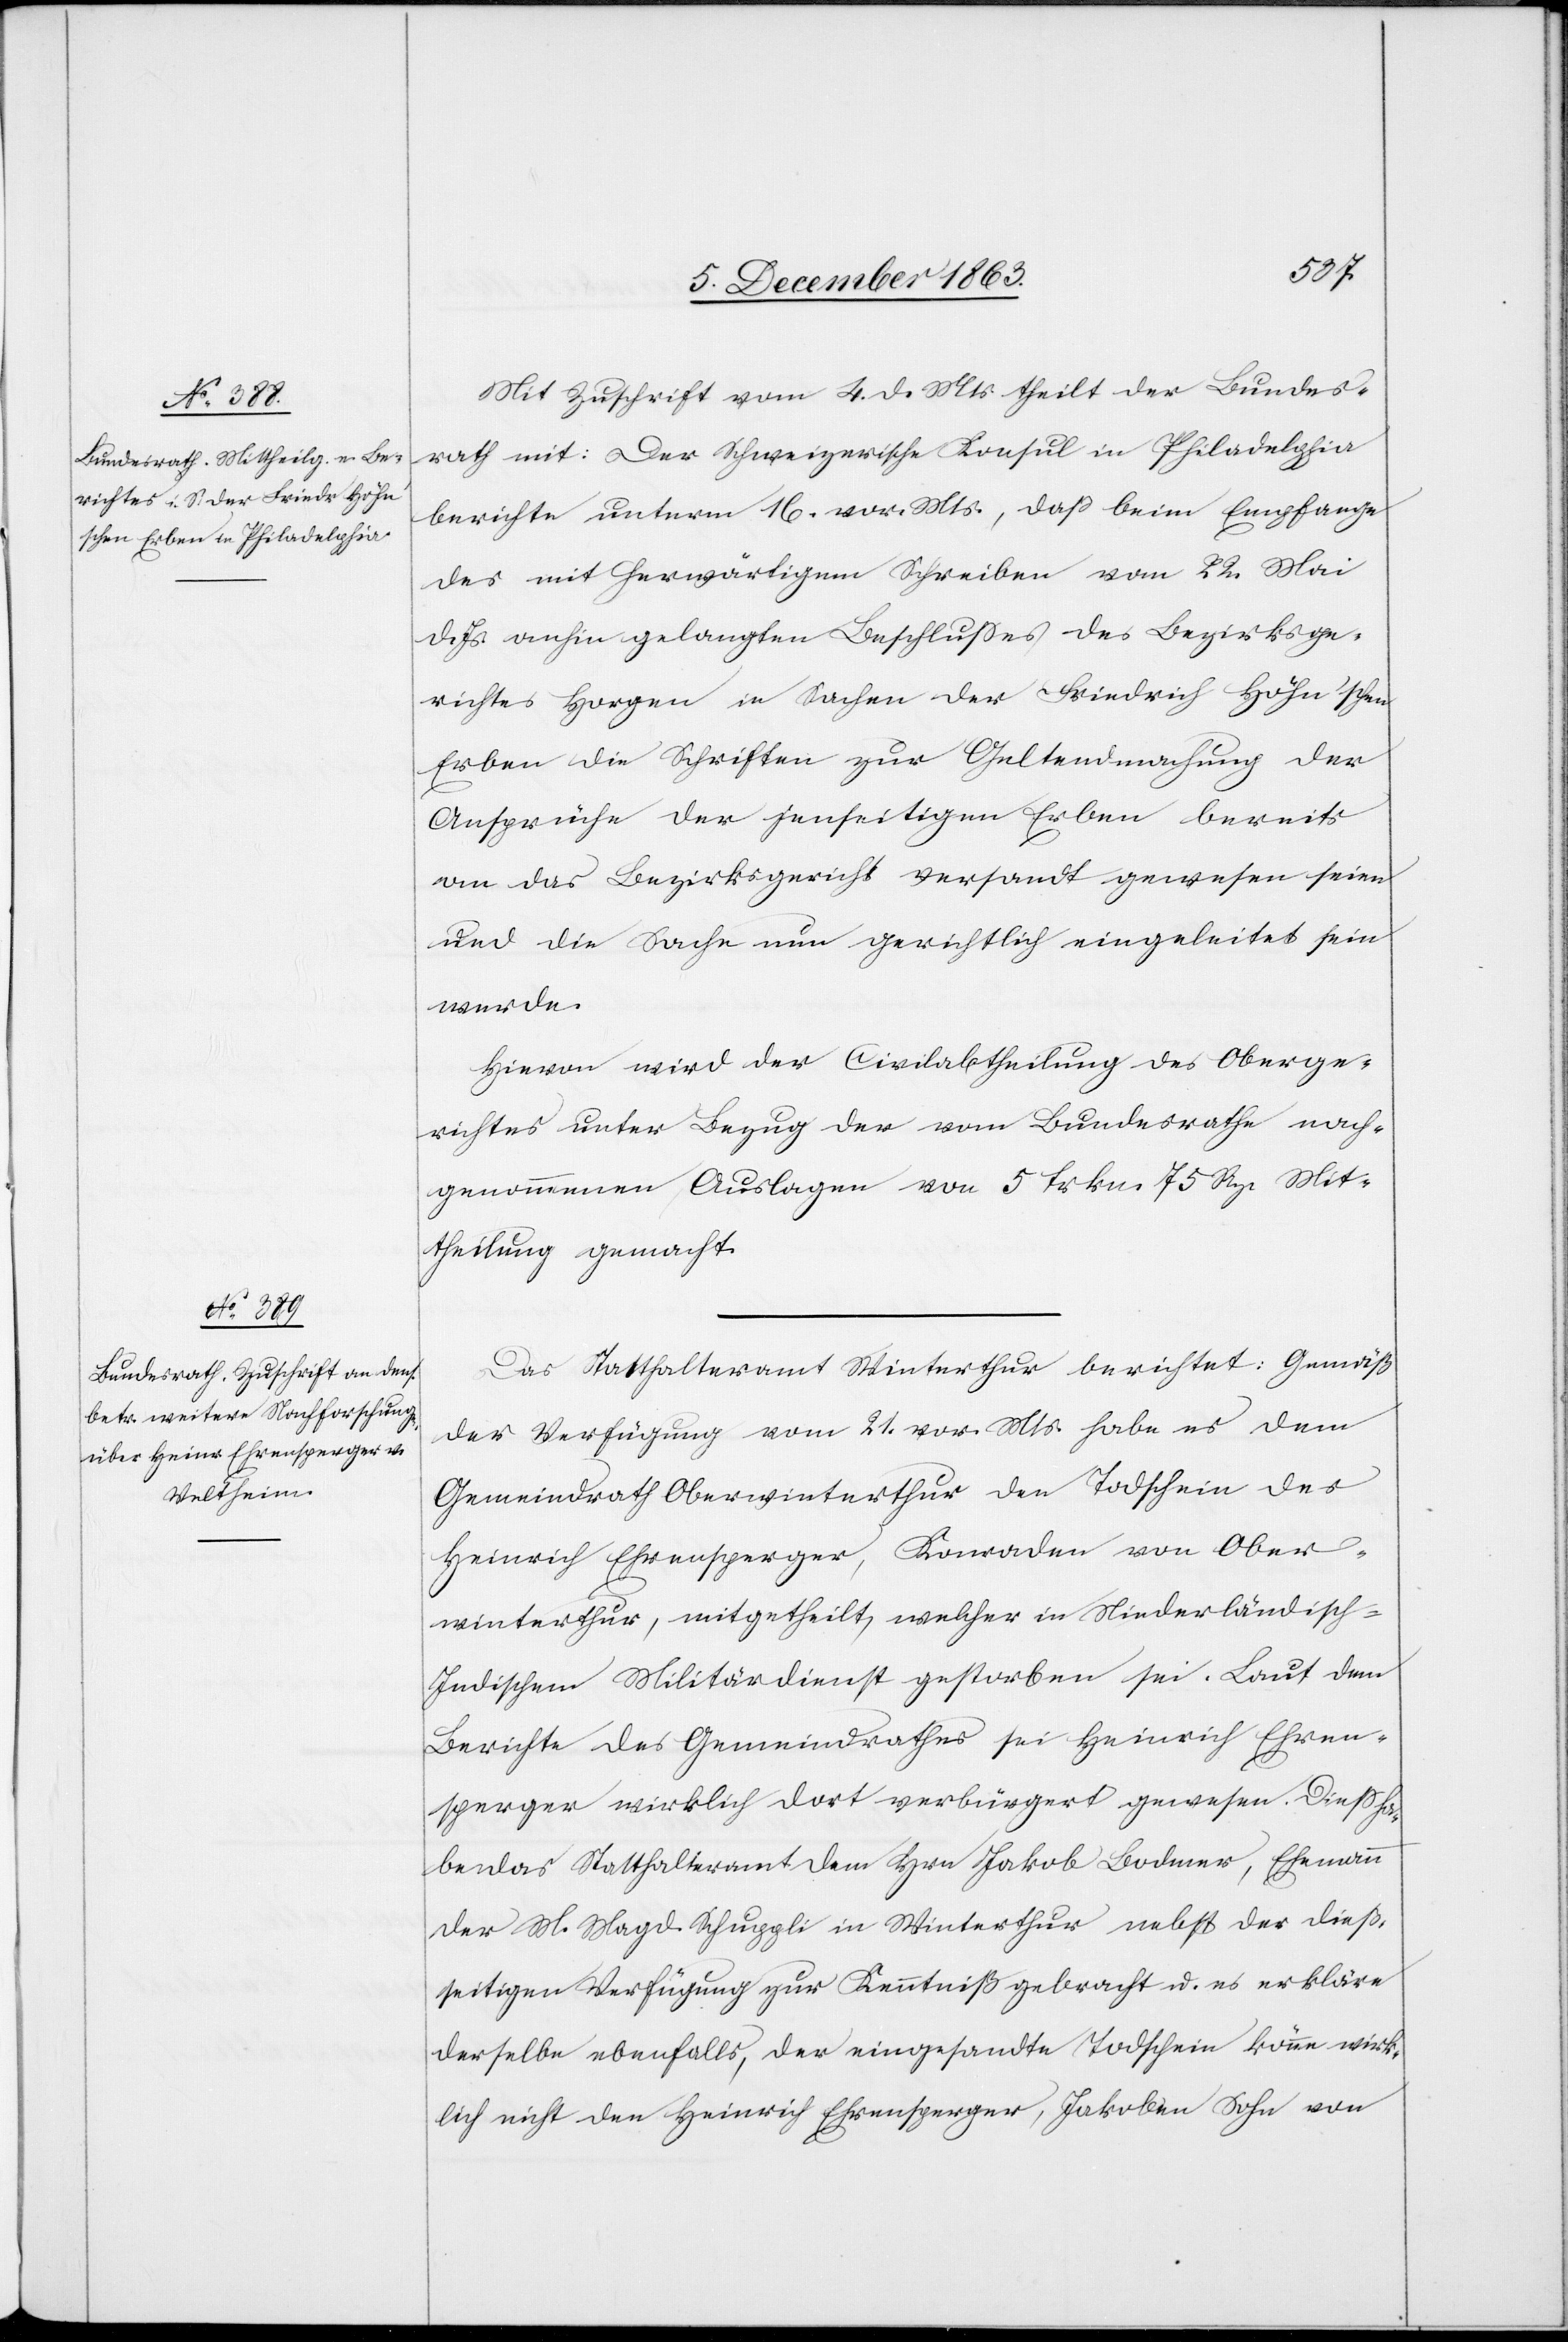
den
9. December 1863.]
Mit Zuschrift vom 4. d. Mts. theilt der Bundes¬
rath mit: Der Schweizerische Konsul in Philadelphia
berichte unterm 16. vor. Mts., daß beim Empfange
des mit herwärtigem Schreiben vom 22. Mai
d. Js. anhin gelangten Beschlusses des Bezirksge¬
richtes Horgen in Sachen der Friedrich Höhn'schen
Erben die Schriften zur Geltendmachung der
Ansprüche der jenseitigen Erben bereits
an das Bezirksgericht versandt gewesen seien
und die Sache nun gerichtlich eingeleitet sein
werde.
Hievon wird der Civilabtheilung des Oberge¬
richtes unter Bezug der vom Bundesrathe nach¬
genommenen Auslagen von 5 frkn. 75 Rp. Mit¬
theilung gemacht.
Das Statthalteramt Winterthur berichtet: Gemäß
der Verfügung vom 21. vor. Mts. habe es dem
Gemeindrath Oberwinterthur den Todschein des
Heinrich Ehrensperger, Konraden von Ober¬
winterthur, mitgetheilt, welcher in Niederländisch-I¬
ndischem Militärdienst gestorben sei. Laut dem
Berichte des Gemeindrathes sei Heinrich Ehren¬
sperger wirklich dort verbürgert gewesen. Diess ha¬
be das Statthalteramt dem Hrn Jakob Bodmer, Ehemann
der M. Magd. Schuppli in Winterthur nebst der dieß¬
seitigen Verfügung zur Kenntniß gebracht u. es erkläre
derselbe ebenfalls, der eingesandte Todschein könne wirk¬
lich nicht den Heinrich Ehrensperger, Jakoben Sohn von